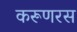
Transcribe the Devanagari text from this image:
करूणरस